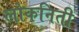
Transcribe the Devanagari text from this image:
लोकनिती